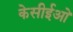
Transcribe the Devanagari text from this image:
केसीईओ